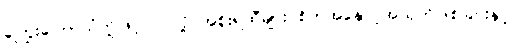
ကြွေးကြော်သံတို့ဖြင့် ဝင်လို့ အစိုးရထီများ စိတ်အနှောင့်အယှက်ဖြစ်ခြင်းနှင့်